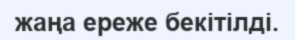
жаңа ереже бекітілді.